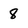
Character: 8